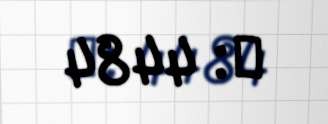
№: 4484